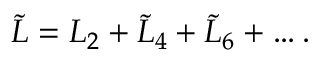
\tilde { \cal L } = { \cal L } _ { 2 } + \tilde { \cal L } _ { 4 } + \tilde { \cal L } _ { 6 } + \dots .